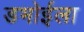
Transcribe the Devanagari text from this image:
डभोईला